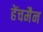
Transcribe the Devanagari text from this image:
हेंचमैन